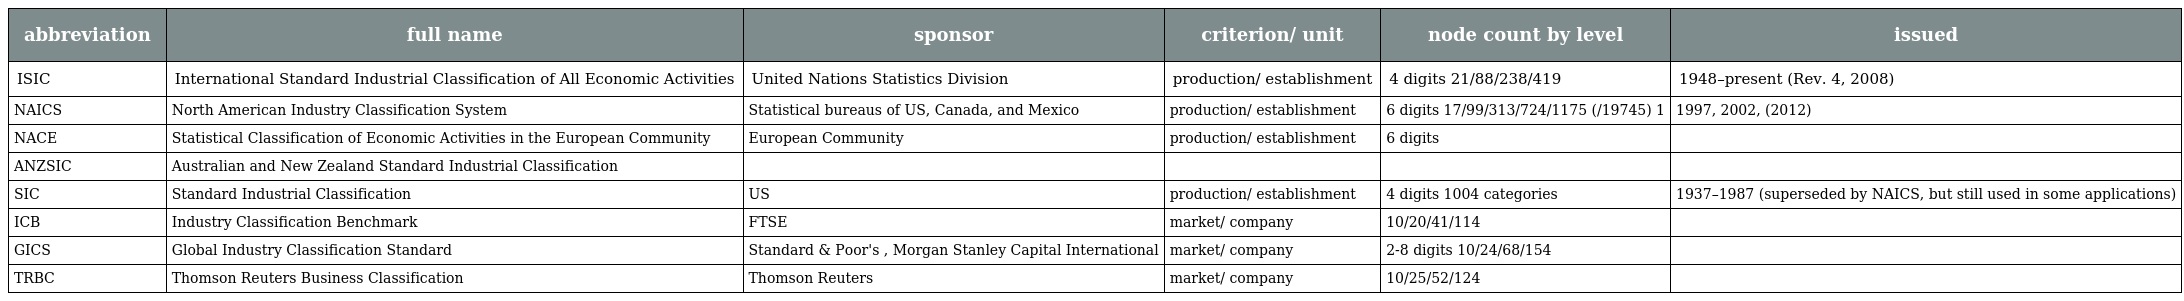
| abbreviation | full name | sponsor | criterion/ unit | node count by level | issued |
 | --- | --- | --- | --- | --- | --- |
 | ISIC | International Standard Industrial Classification of All Economic Activities | United Nations Statistics Division | production/ establishment | 4 digits 21/88/238/419 | 1948–present (Rev. 4, 2008) |
 | NAICS | North American Industry Classification System | Statistical bureaus of US, Canada, and Mexico | production/ establishment | 6 digits 17/99/313/724/1175 (/19745) 1 | 1997, 2002, (2012) |
 | NACE | Statistical Classification of Economic Activities in the European Community | European Community | production/ establishment | 6 digits |  |
 | ANZSIC | Australian and New Zealand Standard Industrial Classification |  |  |  |  |
 | SIC | Standard Industrial Classification | US | production/ establishment | 4 digits 1004 categories | 1937–1987 (superseded by NAICS, but still used in some applications) |
 | ICB | Industry Classification Benchmark | FTSE | market/ company | 10/20/41/114 |  |
 | GICS | Global Industry Classification Standard | Standard & Poor's , Morgan Stanley Capital International | market/ company | 2-8 digits 10/24/68/154 |  |
 | TRBC | Thomson Reuters Business Classification | Thomson Reuters | market/ company | 10/25/52/124 |  |